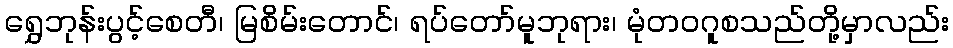
ရွှေဘုန်းပွင့်စေတီ၊ မြစိမ်းတောင်၊ ရပ်တော်မူဘုရား၊ မုံတဝဂူစသည်တို့မှာလည်း